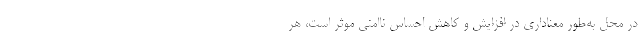
در محل به‌طور معناداری در افزایش و کاهش احساس ناامنی موثر است، هر